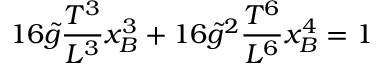
1 6 \tilde { g } \frac { T ^ { 3 } } { L ^ { 3 } } x _ { B } ^ { 3 } + 1 6 \tilde { g } ^ { 2 } \frac { T ^ { 6 } } { L ^ { 6 } } x _ { B } ^ { 4 } = 1